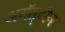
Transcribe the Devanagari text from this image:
अगॅस्टीन